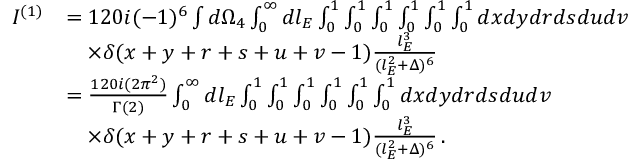
\begin{array} { r l } { I ^ { ( 1 ) } } & { = 1 2 0 i ( - 1 ) ^ { 6 } \int d \Omega _ { 4 } \int _ { 0 } ^ { \infty } d l _ { E } \int _ { 0 } ^ { 1 } \int _ { 0 } ^ { 1 } \int _ { 0 } ^ { 1 } \int _ { 0 } ^ { 1 } \int _ { 0 } ^ { 1 } \int _ { 0 } ^ { 1 } d x d y d r d s d u d v } \\ & { \quad \times \delta ( x + y + r + s + u + v - 1 ) \frac { l _ { E } ^ { 3 } } { ( l _ { E } ^ { 2 } + \Delta ) ^ { 6 } } } \\ & { = \frac { 1 2 0 i ( 2 \pi ^ { 2 } ) } { \Gamma ( 2 ) } \int _ { 0 } ^ { \infty } d l _ { E } \int _ { 0 } ^ { 1 } \int _ { 0 } ^ { 1 } \int _ { 0 } ^ { 1 } \int _ { 0 } ^ { 1 } \int _ { 0 } ^ { 1 } \int _ { 0 } ^ { 1 } d x d y d r d s d u d v } \\ & { \quad \times \delta ( x + y + r + s + u + v - 1 ) \frac { l _ { E } ^ { 3 } } { ( l _ { E } ^ { 2 } + \Delta ) ^ { 6 } } \, . } \end{array}